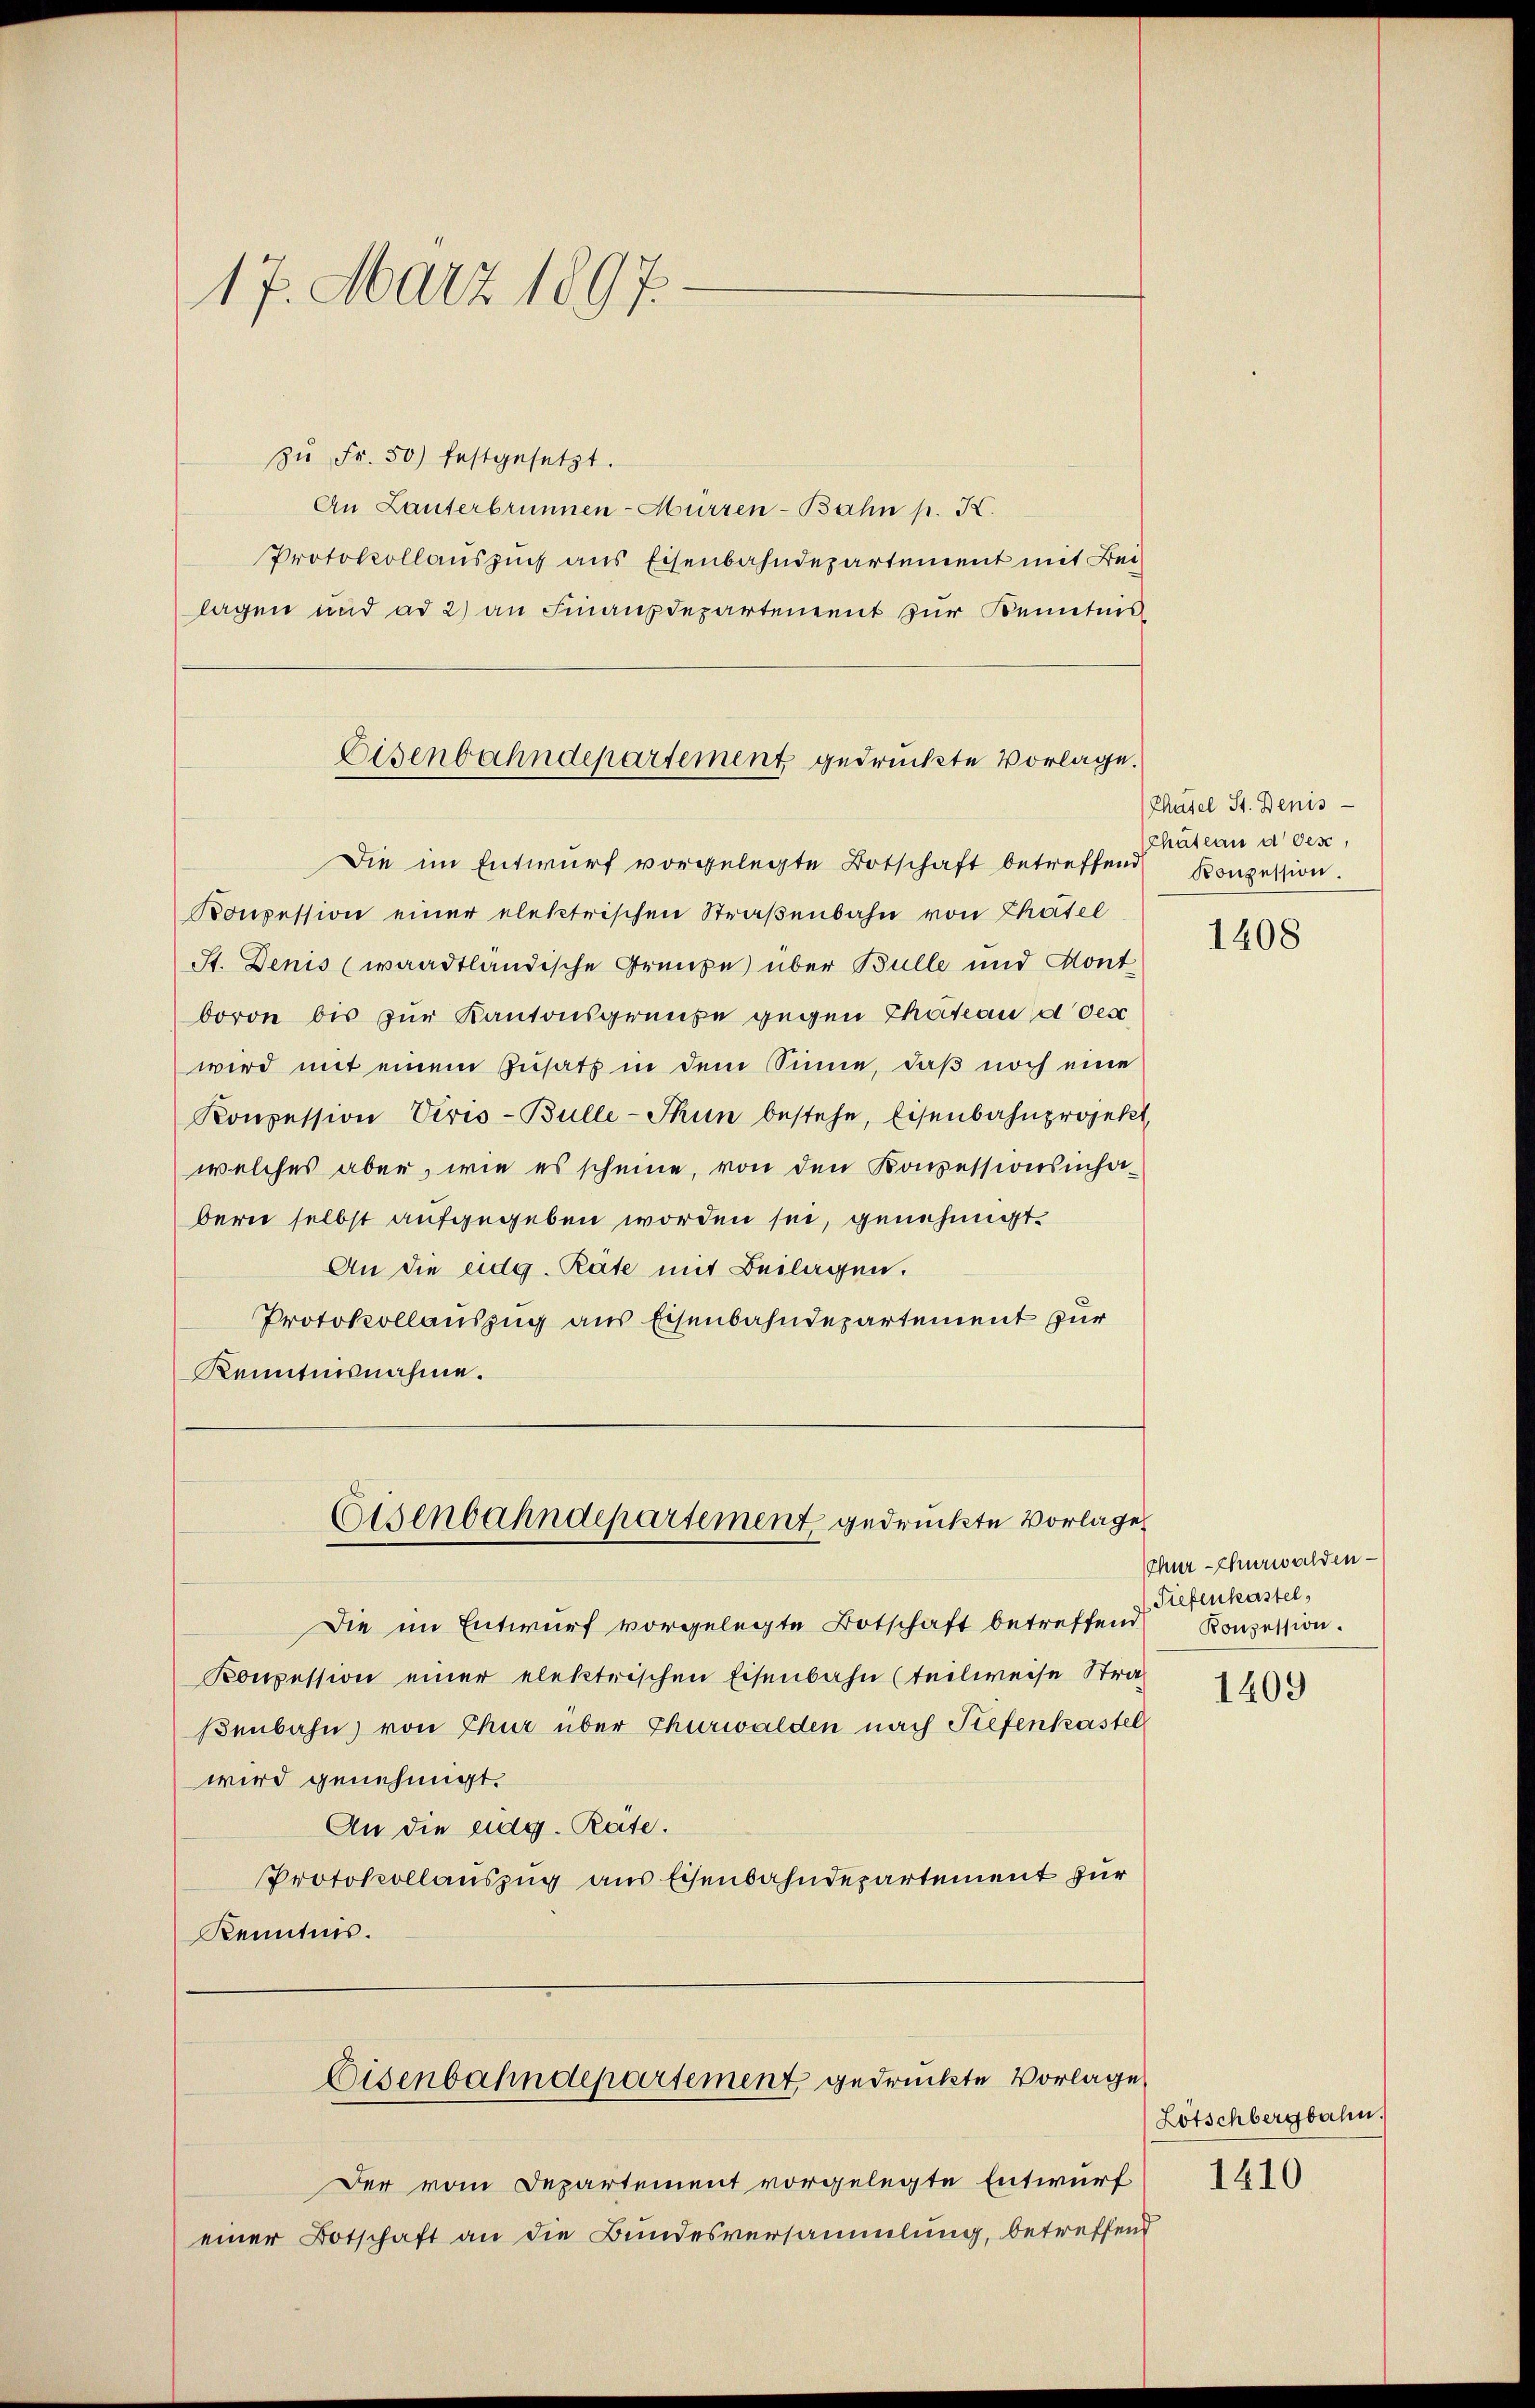
17. März 1897.

Die im Entwŭrf vorgelegte Botschaft betreffend Konzession.
Konpession einer elektrischen Straßenbahn von Chatel
St. Denis (waadtländische Grenze über Bulle und Kont
boron bis zur Kantonsgrenze gegen Thateau d des
wird mit einem Zusatz in dem Sinne, daß noch eine
Konpession Veris-Bulle-Thun bestehe, Eisenbahnprojekt
welches aber, wie es scheine, von den Konzessionsinhabern selbst aufgegeben worden sei, genehmigt.
An die eidg. Rate mit Beilagen.
Protokollauszug aus Eisenbahndepartement zur
Kenntnisnahme.

zŭ Fr. 50) festgesetzt.
An Lanterbrunnen-Mürren-Bahn p. K.
Protokollauszuch aus Eisenbahndepartement mit Bei-
lagen und ad 2) an Finanzdepartement zur Kenntnis
Eisenbahndepartement gedrückte Vorlage.

Eisenbahndepartement gedruckte Vorlage

Eisenbahndepartement gedruckte Vorlage

Die im Entwurf vorgelegte Botschaft betreffend
Konzession einer elektrischen Eisenbahn (teilweise Straf
ßenbahn von Chur über Churwalden nach Tiefenkastel
wird genehmigt.
An die eidg. Räte.
Protokollauszug aus Eisenbahndepartement für
Kenntnis.

Der vom Departement vorgelegte Entwurf
einer Botschaft an die Bundesversammlung, betreffend

Chusel St. Denis
Chateau d. des

1408

Chur Churwalden
Tiefenkastel
Konzession.

1409

Lötschbergbahn.

1410